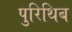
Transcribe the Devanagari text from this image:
पुरिथिब